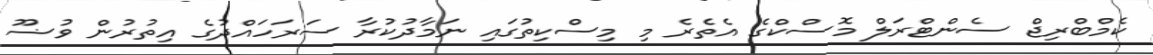
ކެމްބްރިޖް ސެންޓްރަލް މޮސްކްގެ އެތެރެ މި މިސްކިތުގައި ނަމާދުކުރާ ސަރަހައްދުގެ އިތުރުން ވުޟޫ